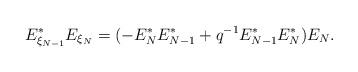
LaTeX: \begin{align*}E_{\xi_{N - 1}}^{*} E_{\xi_{N}}= (-E_{N}^{*} E_{N - 1}^{*} + q^{-1} E_{N - 1}^{*} E_{N}^{*}) E_{N}.\end{align*}